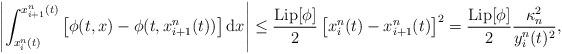
LaTeX: \begin{align*}\left|\int_{x^n_i(t)}^{x^n_{i+1}(t)}\left[\phi(t,x)-\phi(t,x^n_{i+1}(t))\right] {\rm{d}} x\right|\le\frac{{\mathrm{Lip}}[\phi]}{2} \left[x^n_i(t) - x^n_{i+1}(t)\right]^2= \frac{{\mathrm{Lip}}[\phi]}{2} \frac{\kappa_n^2}{y^n_i(t)^2},\end{align*}